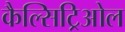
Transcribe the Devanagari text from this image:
कैल्सिट्रिओल